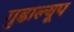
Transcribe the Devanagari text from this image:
गुडाल्यूप